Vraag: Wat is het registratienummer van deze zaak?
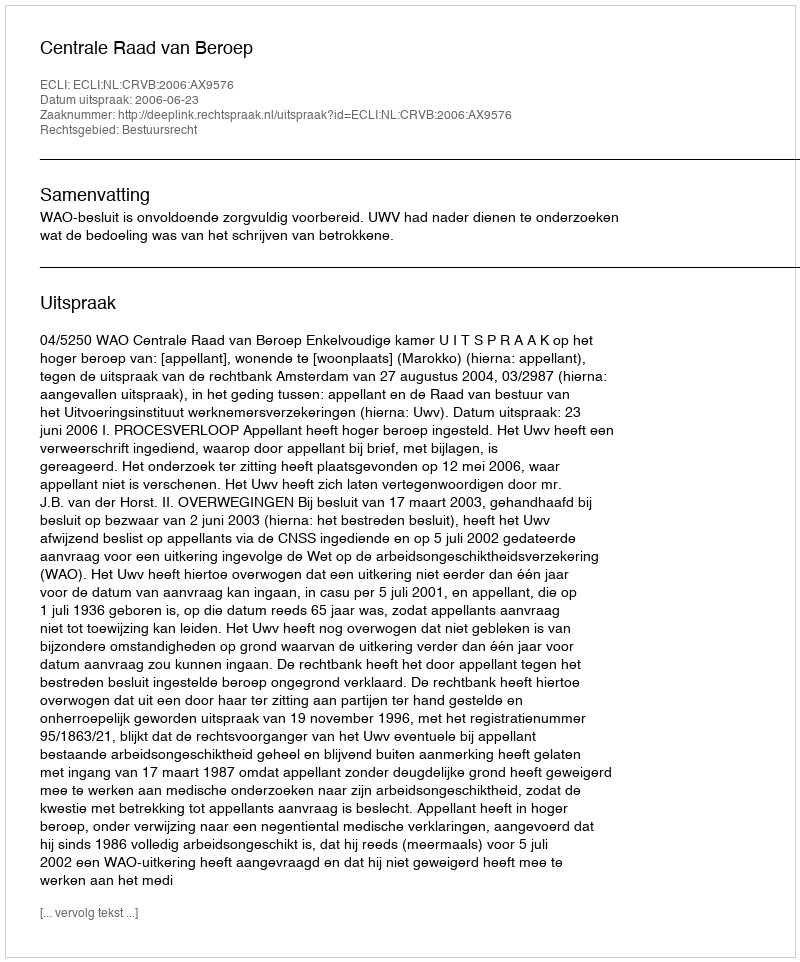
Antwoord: http://deeplink.rechtspraak.nl/uitspraak?id=ECLI:NL:CRVB:2006:AX9576